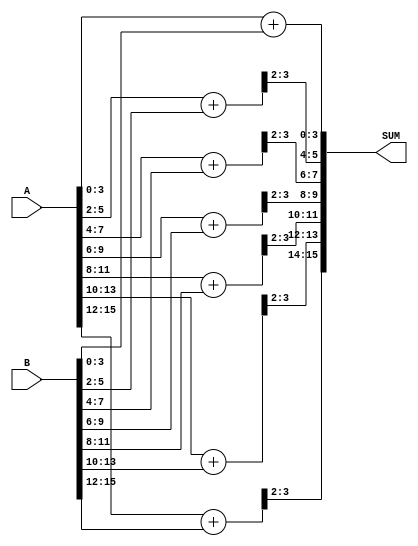
/**************************************************************************
 *  16bit adder                                                            *
 *  Written by: S. H. Kang                                                *
 **************************************************************************/
`ifndef i_ap_adder
`define i_ap_adder
module i_ap_adder (A, B, SUM);


input   [15:0]  A, B;
output  [15:0]  SUM;

wire [4:0] S0 = A[3:0] + B[3:0];
// wire [4:0] S2 = A[5:2] + B[5:2] + A[0];// added noise
// wire [4:0] S4 = A[7:4] + B[7:4] + A[2];
// wire [4:0] S6 = A[9:6] + B[9:6] + A[4];
// wire [4:0] S8 = A[11:8] + B[11:8] + A[6];
// wire [4:0] S10 = A[13:10] + B[13:10] + A[8];
// wire [4:0] S12 = A[15:12] + B[15:12] + A[10];
wire [4:0] S2 = A[5:2] + B[5:2];// added noise
wire [4:0] S4 = A[7:4] + B[7:4];
wire [4:0] S6 = A[9:6] + B[9:6];
wire [4:0] S8 = A[11:8] + B[11:8];
wire [4:0] S10 = A[13:10] + B[13:10];
wire [4:0] S12 = A[15:12] + B[15:12];


assign   SUM  = {S12[3:2],S10[3:2],S8[3:2],S6[3:2],S4[3:2],S2[3:2],S0[3:0]};
endmodule

`endif